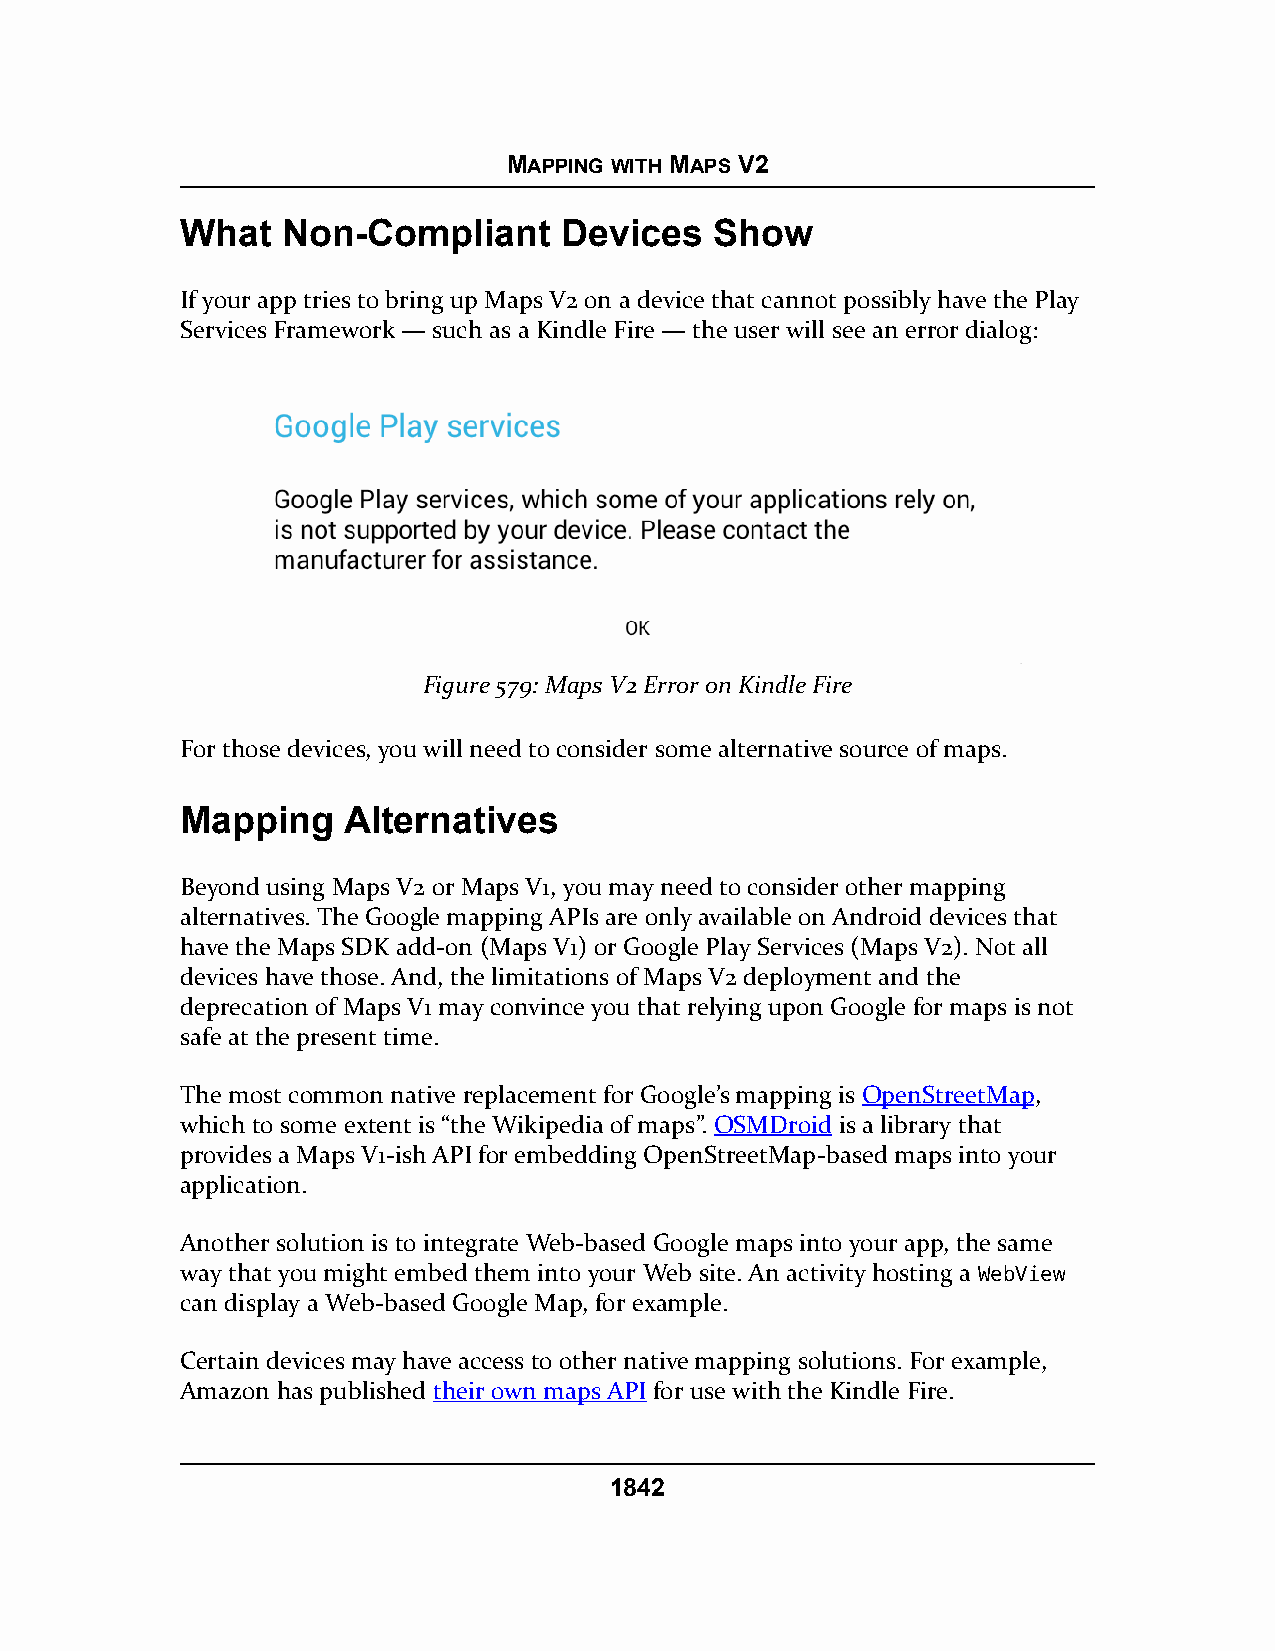
MAPPING WITH MAPS V2
 What   Non-Compliant     Devices   Show
 If your app tries to bring up Maps V2 on a device that cannot possibly have the Play
 Services Framework — such as a Kindle Fire — the user will see an error dialog:
 Figure 579: Maps V2 Error on Kindle Fire
 For those devices, you will need to consider some alternative source of maps.
 Mapping    Alternatives
 Beyond using Maps V2 or Maps V1, you may need to consider other mapping
 alternatives. The Google mapping APIs are only available on Android devices that
 have the Maps SDK add-on (Maps V1) or Google Play Services (Maps V2). Not all
 devices have those. And, the limitations of Maps V2 deployment and the
 deprecation of Maps V1 may convince you that relying upon Google for maps is not
 safe at the present time.
 The most common native replacement for Google’s mapping is OpenStreetMap,
 which to some extent is “the Wikipedia of maps”. OSMDroid is a library that
 provides a Maps V1-ish API for embedding OpenStreetMap-based maps into your
 application.
 Another solution is to integrate Web-based Google maps into your app, the same
 way that you might embed them into your Web site. An activity hosting a WebView
 can display a Web-based Google Map, for example.
 Certain devices may have access to other native mapping solutions. For example,
 Amazon has published their own maps API for use with the Kindle Fire.
 1842